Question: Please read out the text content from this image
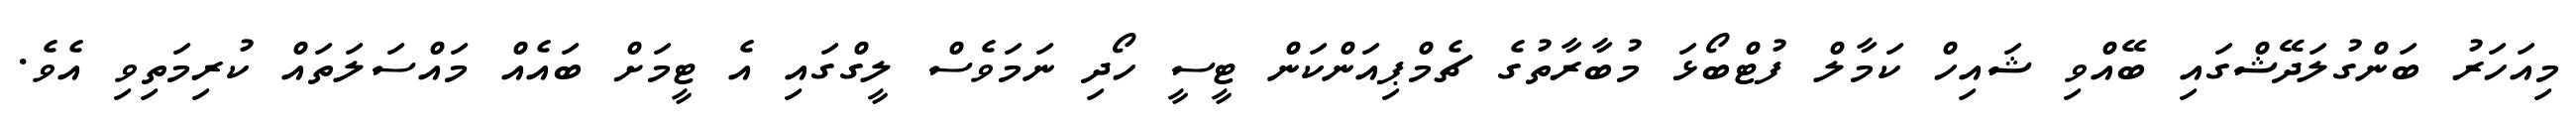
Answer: މިއަހަރު ބަންގުލަދޭޝްގައި ބޭއްވި ޝައިހް ކަމާލް ފުޓްބޯޅަ މުބާރާތުގެ ޗެމްޕިއަންކަން ޓީސީ ހޯދި ނަމަވެސް ލީގްގައި އެ ޓީމަށް ބައެއް މައްސަލަތައް ކުރިމަތިވި އެވެ.